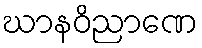
ဃာနဝိညာဏေ